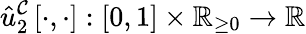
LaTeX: \hat{u}_{2}^{\mathcal{C}}\left[\cdot,\cdot\right]:\left[0,1\right]\times\mathbb{R}_{\ge 0}\rightarrow\mathbb{R}